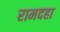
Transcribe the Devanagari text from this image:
रामदहा